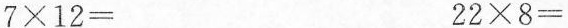
$$7\times 12=$$ $$22\times 8=$$